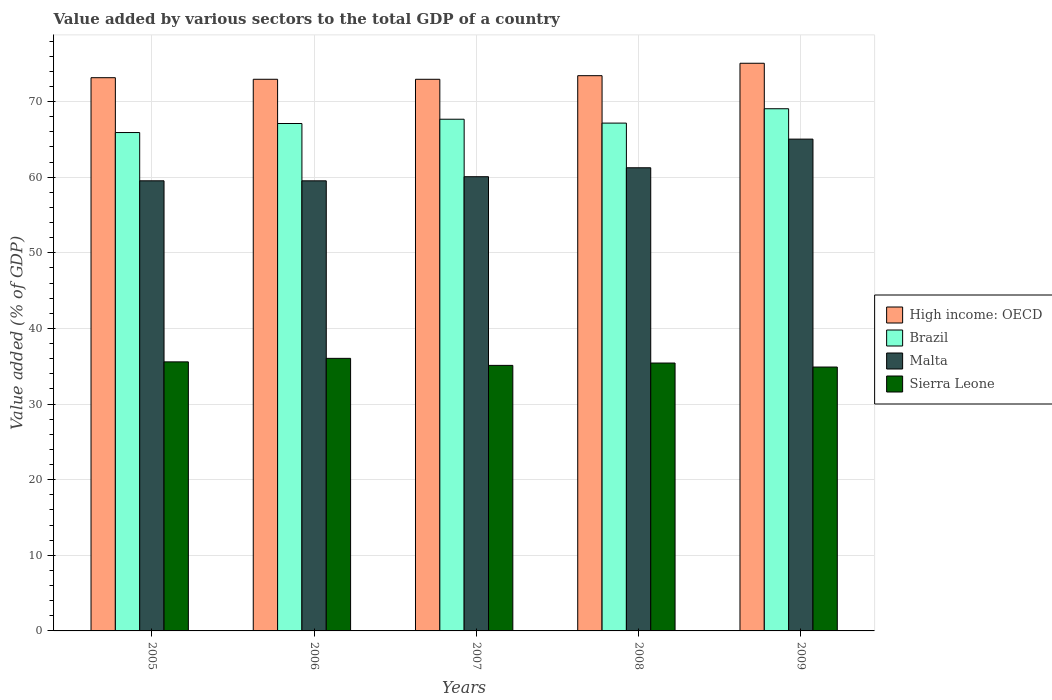
| Years | High income: OECD | Brazil | Malta | Sierra Leone |
 | --- | --- | --- | --- | --- |
 | 2005 | 73.2 | 65.9 | 59.5 | 35.6 |
 | 2006 | 73 | 67.1 | 59.5 | 36 |
 | 2007 | 73 | 67.7 | 60.1 | 35.1 |
 | 2008 | 73.4 | 67.2 | 61.3 | 35.4 |
 | 2009 | 75.1 | 69.1 | 65 | 34.9 |